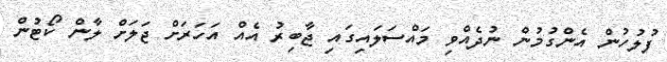
ފުލުހުން އެންގުމުން ނުދެއްވި މައްސަލައިގައި ޖާބިރު އެއް އަހަރަށް ޖަލަށް ލާން ކޯޓުން